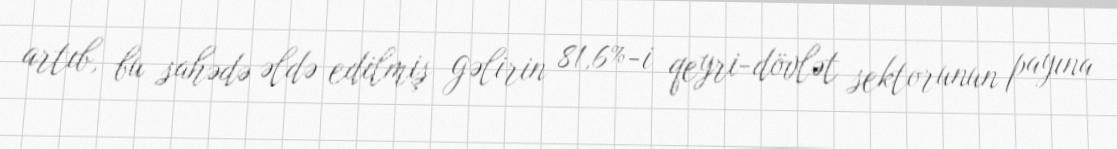
artıb, bu sahədə əldə edilmiş gəlirin 81,6%-i qeyri-dövlət sektorunun payına